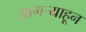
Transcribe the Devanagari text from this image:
आगऱ्याहून